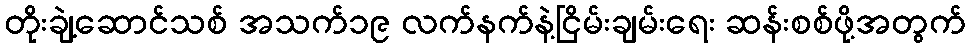
တိုးချဲ့ဆောင်သစ် အသက်၁၉ လက်နက်နဲ့ငြိမ်းချမ်းရေး ဆန်းစစ်ဖို့အတွက်